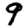
Digit: 9